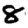
Digit: 8